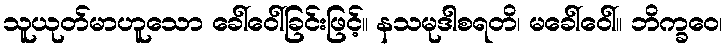
သူယုတ်မာဟူသော ခေါ်ဝေါ်ခြင်းဖြင့်။ နသမုဒါစရတိ၊ မခေါ်ဝေါ်။ ဘိက္ခဝေ၊